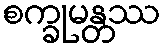
စက္ခုမန္တဿ